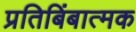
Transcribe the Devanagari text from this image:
प्रतिबिंबात्मक